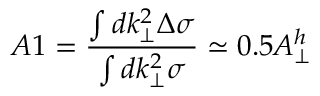
A 1 = \frac { \int d k _ { \perp } ^ { 2 } \Delta \sigma } { \int d k _ { \perp } ^ { 2 } \sigma } \simeq 0 . 5 A _ { \perp } ^ { h }